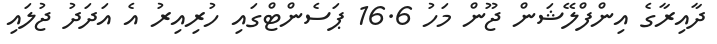
ދާއިރާގެ އިންފްލޭޝަން ޖޫން މަހު 16.6 ޕަސެންޓްގައި ހުރިއިރު އެ އަދަދު ޖުލައި